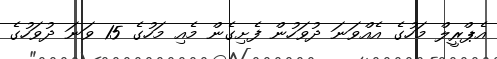
އެޕްރީލް މަހުގެ އެއްވަނަ ދުވަހުން ފެށިގެން މެއި މަހުގެ 15 ވަނަ ދުވަހުގެ